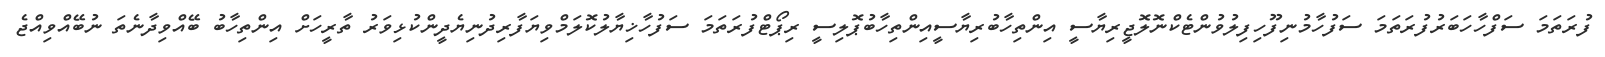
ފުރަތަމަ ސަފްހާހަބަރުފުރަތަމަ ސަފުހާމުނިފޫހިފިލުވުންޓެކްނޮލޮޖީރިޔާސީ އިންތިހާބުރިޔާސީއިންތިހާބުޕޮލިސީ ރިޕޯޓްފުރަތަމަ ސަފުހާޚިޔާލުކޮލަމްވިޔަފާރިދުނިޔެދީންކުޅިވަރު ތާރީހަށް އިންތިހާބު ބޭއްވިދާނެތަ ނުބޭއްވިއްޖެ